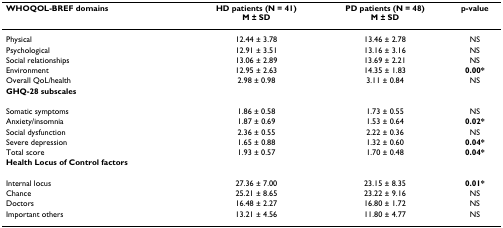
<table><thead><tr><td><b>WHOQOL-BREF domains</b></td><td><b>HD patients (N = 41)M ± SD</b></td><td><b>PD patients (N = 48)M ± SD</b></td><td><b>p-value</b></td></tr></thead><tbody><tr><td>Physical</td><td>12.44 ± 3.78</td><td>13.46 ± 2.78</td><td>NS</td></tr><tr><td>Psychological</td><td>12.91 ± 3.51</td><td>13.16 ± 3.16</td><td>NS</td></tr><tr><td>Social relationships</td><td>13.06 ± 2.89</td><td>13.69 ± 2.21</td><td>NS</td></tr><tr><td>Environment</td><td>12.95 ± 2.63</td><td>14.35 ± 1.83</td><td><b>0.00*</b></td></tr><tr><td>Overall QoL/health</td><td>2.98 ± 0.98</td><td>3.11 ± 0.84</td><td>NS</td></tr><tr><td><b>GHQ-28 subscales</b></td><td></td><td></td><td></td></tr><tr><td>Somatic symptoms</td><td>1.86 ± 0.58</td><td>1.73 ± 0.55</td><td>NS</td></tr><tr><td>Anxiety/insomnia</td><td>1.87 ± 0.69</td><td>1.53 ± 0.64</td><td><b>0.02*</b></td></tr><tr><td>Social dysfunction</td><td>2.36 ± 0.55</td><td>2.22 ± 0.36</td><td>NS</td></tr><tr><td>Severe depression</td><td>1.65 ± 0.88</td><td>1.32 ± 0.60</td><td><b>0.04*</b></td></tr><tr><td>Total score</td><td>1.93 ± 0.57</td><td>1.70 ± 0.48</td><td><b>0.04*</b></td></tr><tr><td><b>Health Locus of Control factors</b></td><td></td><td></td><td></td></tr><tr><td>Internal locus</td><td>27.36 ± 7.00</td><td>23.15 ± 8.35</td><td><b>0.01*</b></td></tr><tr><td>Chance</td><td>25.21 ± 8.65</td><td>23.22 ± 9.16</td><td>NS</td></tr><tr><td>Doctors</td><td>16.48 ± 2.27</td><td>16.80 ± 1.72</td><td>NS</td></tr><tr><td>Important others</td><td>13.21 ± 4.56</td><td>11.80 ± 4.77</td><td>NS</td></tr></tbody></table>